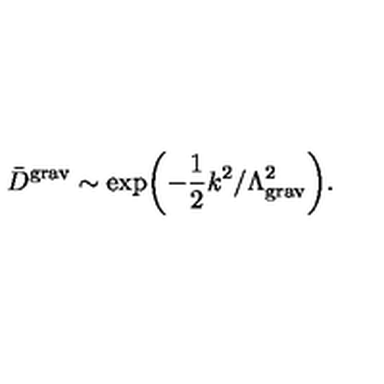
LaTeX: { \bar { D } } ^ { \mathrm { g r a v } } \sim \exp \biggl ( - \frac { 1 } { 2 } k ^ { 2 } / \Lambda _ { \mathrm { g r a v } } ^ { 2 } \biggr ) .